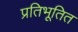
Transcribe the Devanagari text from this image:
प्रतिभूतित